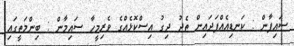
ސައިފާން : ކަނޑިއެއްފަދައިން ތެދު ދިގު އިސްކޮޅެއްގެ ވެރިމީހާ ސައިމާން : ބިންމަތީގައި